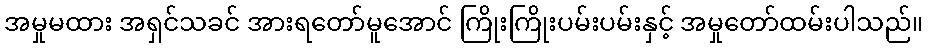
အမှုမထား အရှင်သခင် အားရတော်မူအောင် ကြိုးကြိုးပမ်းပမ်းနှင့် အမှုတော်ထမ်းပါသည်။